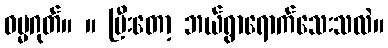
ဓမ္မဂုတ်။ ။ ပြီးတော့ ဘယ်ရွာရောက်သေးသလဲ။